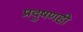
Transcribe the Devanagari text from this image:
प्रदुषणही